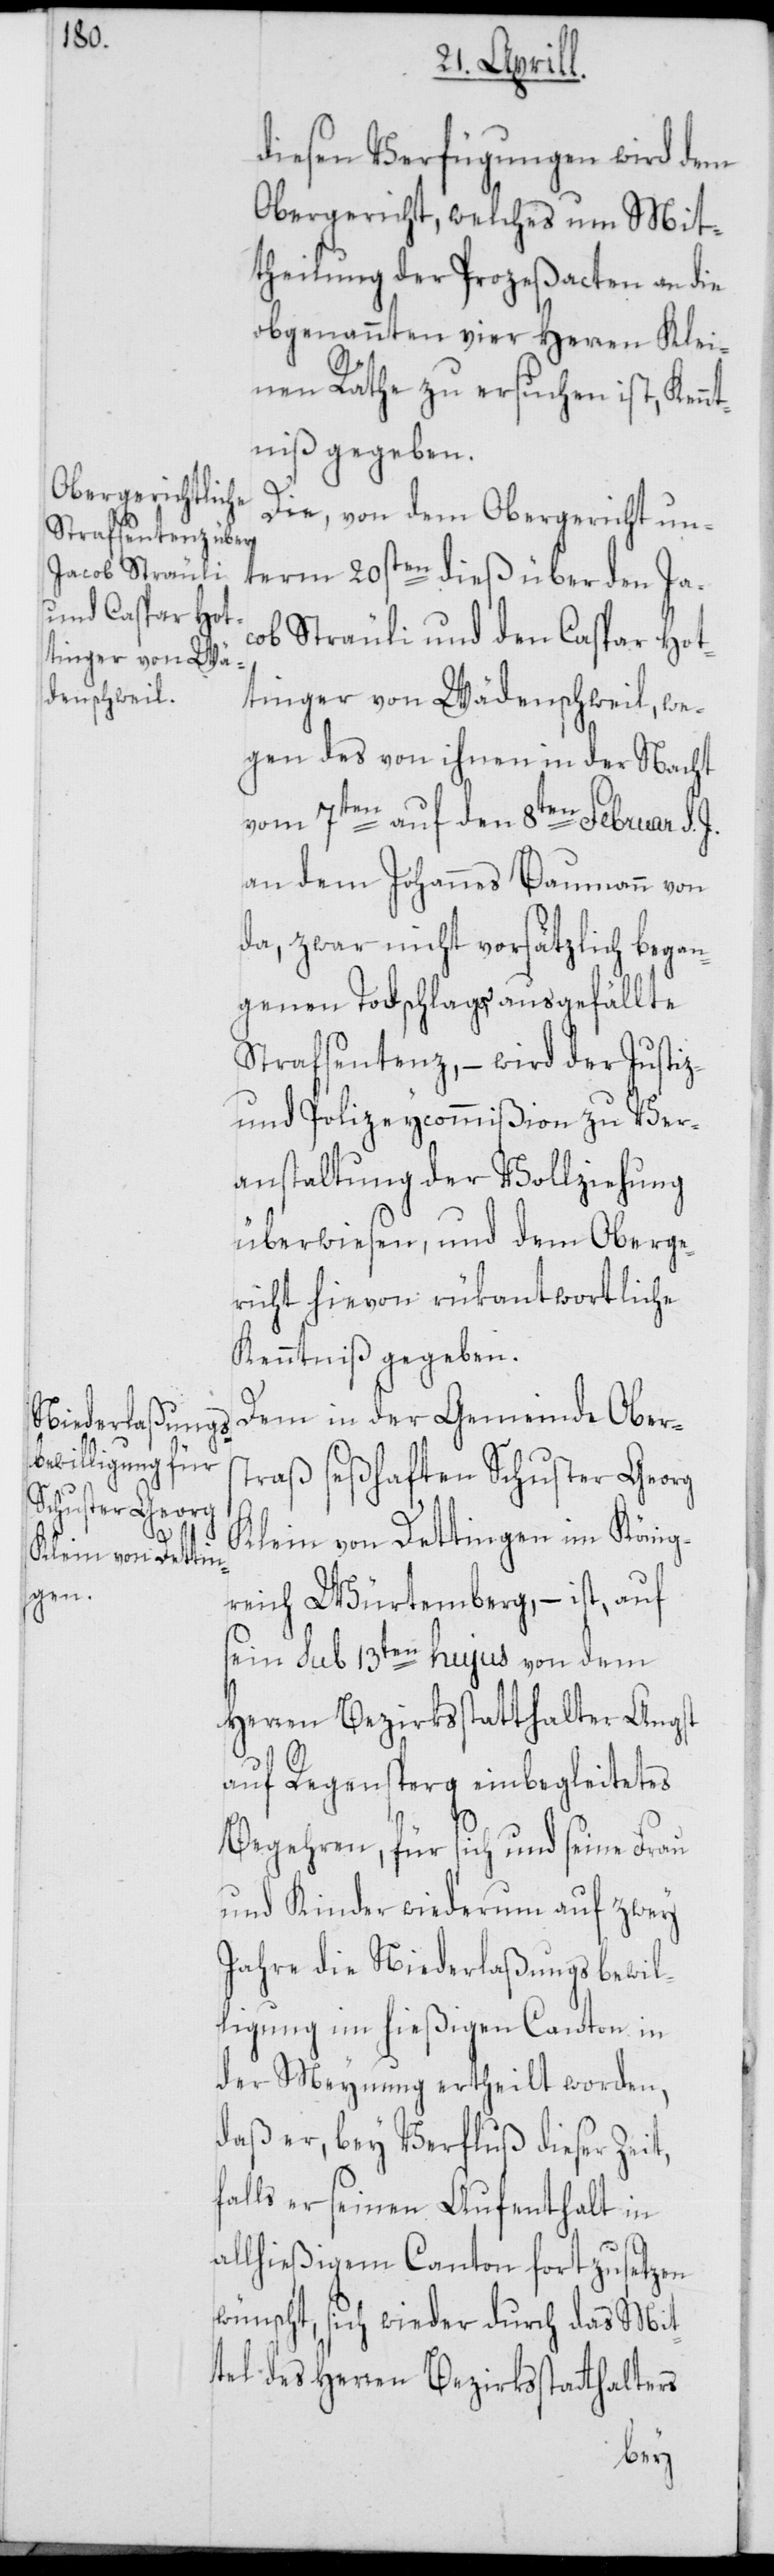
diesen Verfügungen wird dem
Obergericht, welches um Mit¬
theilung der Proceßacten an die
obgenannten vier Herren Kle¬
inen Räthe zu ersuchen ist, Kenn¬
tniß gegeben.
Die, von dem Obergericht un¬
term 20sten dieß über den Ja¬
cob Sträuli und den Caspar Hot¬
tinger von Wädenschweil, we¬
gen des von ihnen in der Nacht
vom 7ten auf den 8ten Februar d. J.
an dem Johannes Baumann von
da, zwar nicht vorsätzlich began¬
genen Todschlags, ausgefällte
Strafsentenz, – wird der Justiz-
und Polizeycommißion zu Ver¬
anstaltung der Vollziehung
überwiesen, und dem Oberge¬
richt hievon rükantwortliche
Kenntniß gegeben.
Dem in der Gemeinde Obers¬
traß seßhaften Schuster Georg
Klein von Dettingen im König¬
reich Würtemberg, – ist auf
sein sub 13ten hujus von dem
Herren Bezirksstatthalter Angst
auf Regensperg einbegleitetes
Begehren, für sich und seine Frau
und Kinder wiederum auf zwey
Jahre die Niederlaßungsbewil¬
ligung im hießigen Canton in
der Meynung ertheilt worden,
daß er, bey Verfluß dieser Zeit,
falls er seinen Aufenthalt in
allhießigem Canton fortzusetzen
wünscht, sich wieder durch das Mit¬
tel des Herren Bezirksstatthalters